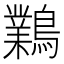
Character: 鸈